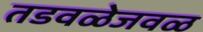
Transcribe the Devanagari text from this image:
तडवळेजवळ